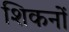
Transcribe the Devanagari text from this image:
शिकनों